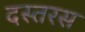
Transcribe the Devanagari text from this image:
दस्तरस